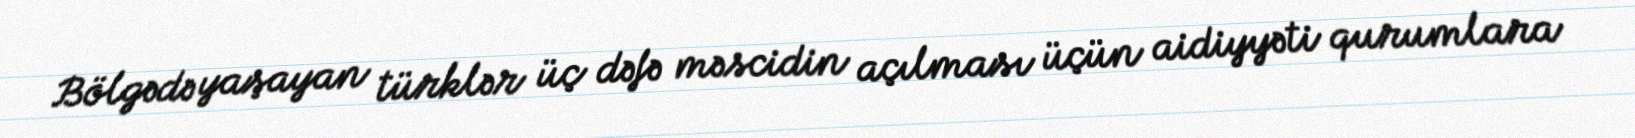
Bölgədə yaşayan türklər üç dəfə məscidin açılması üçün aidiyyəti qurumlara